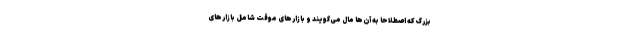
بزرگ که اصطلاحا به آن‌ها مال می‌گویند و بازارهای موقت شامل بازارهای